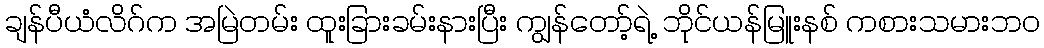
ချန်ပီယံလိဂ်က အမြဲတမ်း ထူးခြားခမ်းနားပြီး ကျွန်တော့်ရဲ့ ဘိုင်ယန်မြူးနစ် ကစားသမားဘဝ